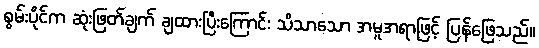
စွမ်းပိုင်က ဆုံးဖြတ်ချက် ချထားပြီးကြောင်း သိသာသော အမူအရာဖြင့် ပြန်ဖြေသည်။